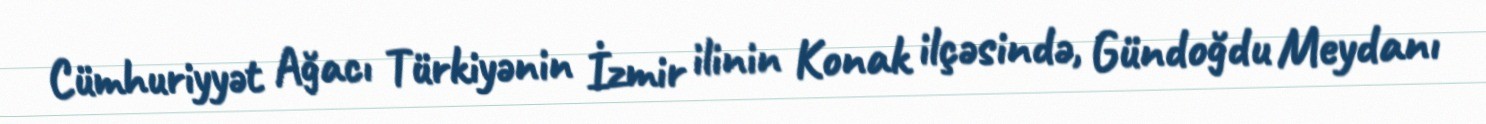
Cümhuriyyət Ağacı Türkiyənin İzmir ilinin Konak ilçəsində, Gündoğdu Meydanı